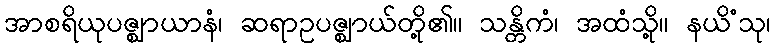
အာစရိယုပဇ္ဈာယာနံ၊ ဆရာဥပဇ္ဈာယ်တို့၏။ သန္တိကံ၊ အထံသို့။ နယိံသု၊